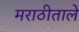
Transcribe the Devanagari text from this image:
मराठीताले